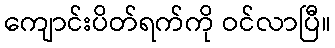
ကျောင်းပိတ်ရက်ကို ဝင်လာပြီ။